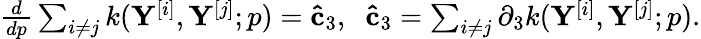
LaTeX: \begin{array}{r}{\frac{d}{d{p}}\sum_{i\neq j}k(\mathbf{Y}^{[i]},\mathbf{Y}^{[j]};p)=\mathbf{\hat{c}}_{3},\; \; \mathbf{\hat{c}}_{3}=\sum_{i\neq j}\partial_{3}k(\mathbf{Y}^{[i]},\mathbf{Y}^{[j]};p).}\end{array}